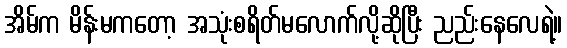
အိမ်က မိန်းမကတော့ အသုံးစရိတ်မလောက်လို့ဆိုပြီး ညည်းနေလေရဲ့။